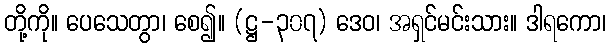
တို့ကို။ ပေသေတွာ၊ စေ၍။ (ဋ္ဌ-၃၀၇) ဒေဝ၊ အရှင်မင်းသား။ ဒါရကော၊